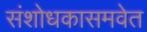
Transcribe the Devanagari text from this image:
संशोधकासमवेत